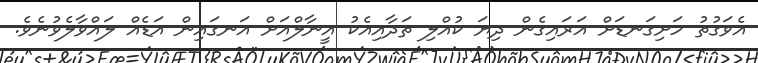
އެވަގުތު ހަށިގަނޑަށް އަރައިގެން ދިޔަ ކުއްލި ތަދާއިއެކު އީނާލްއަށް އަނގައިން އަޑެއް ލައްވާލެވުނެވެ.